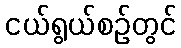
ငယ်ရွယ်စဉ်တွင်